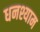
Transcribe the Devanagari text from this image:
धनश्याम